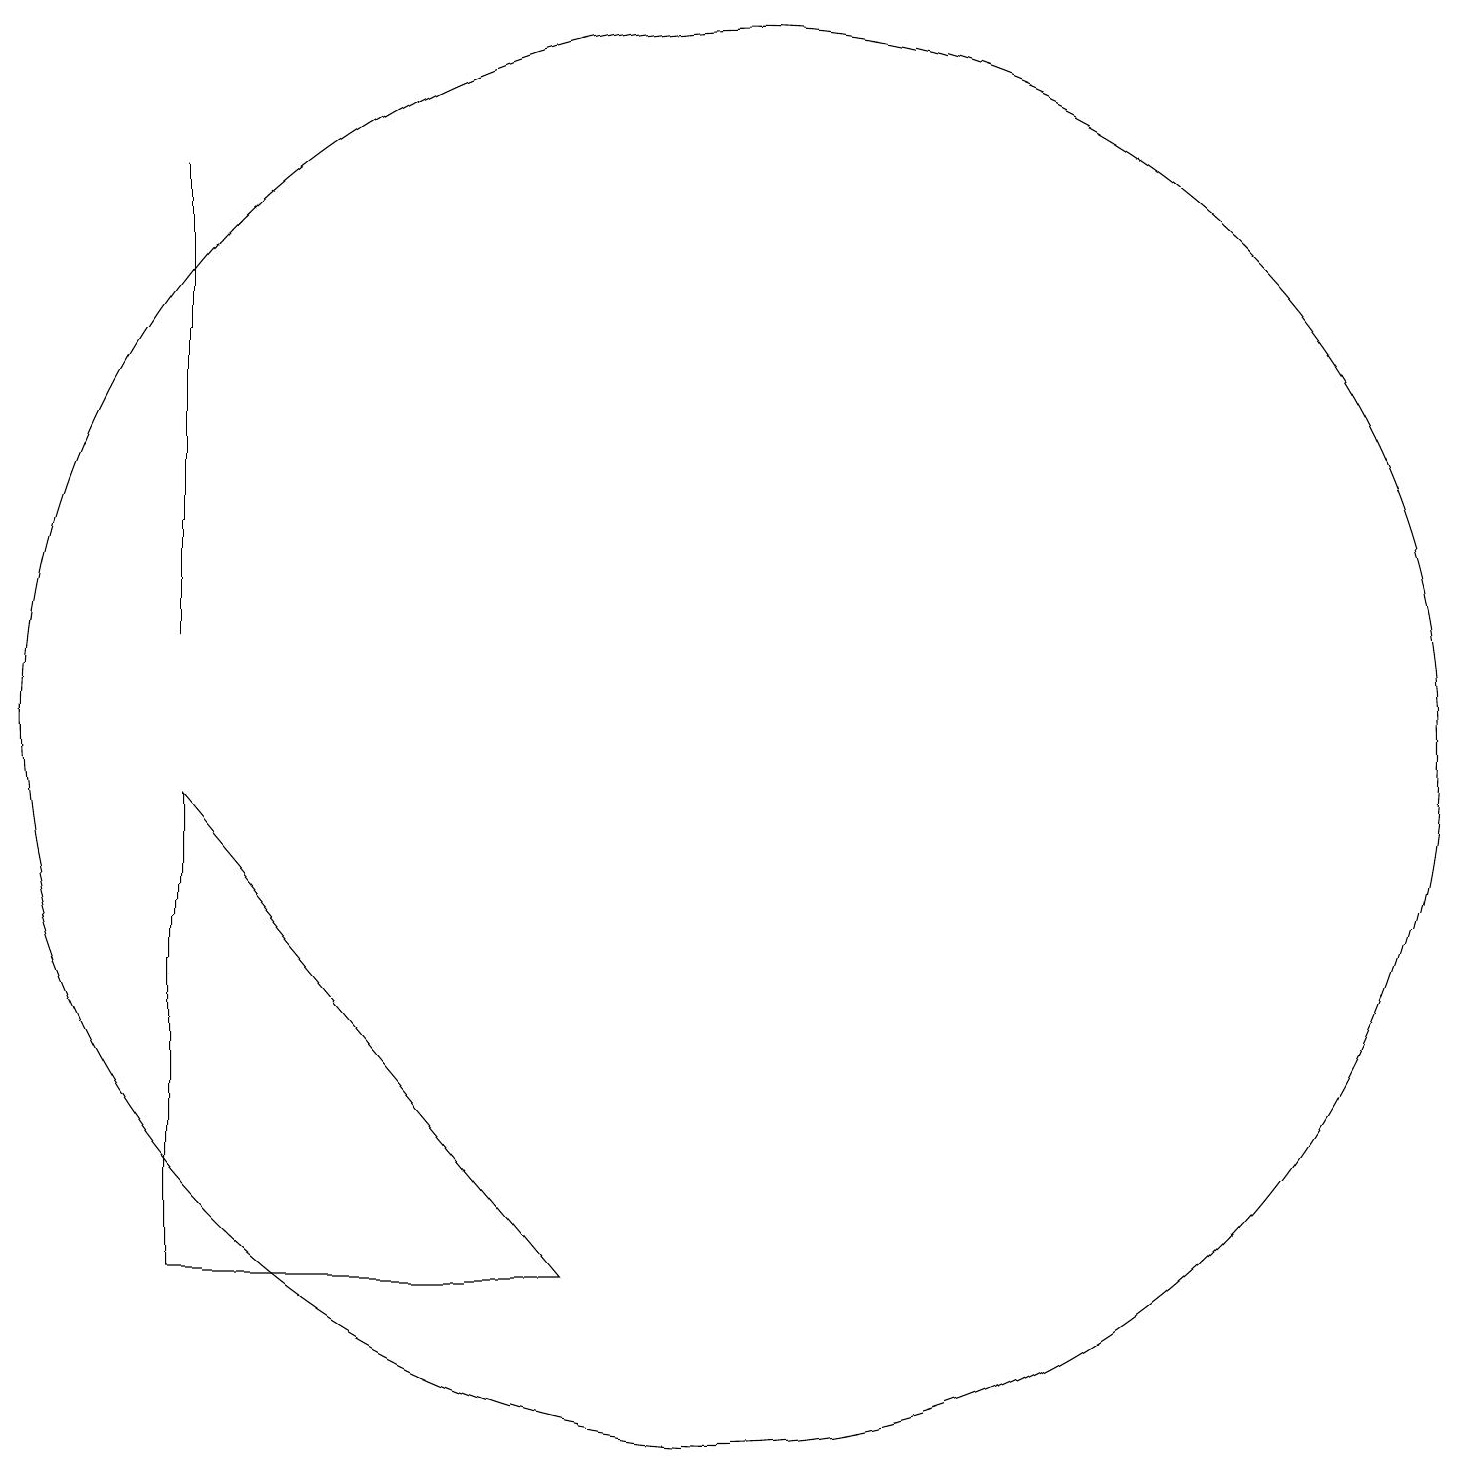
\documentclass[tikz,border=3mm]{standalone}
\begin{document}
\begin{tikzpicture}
\draw (3,17) rectangle (3,11);
\draw (10,10) circle (9);
\draw (3,3) -- (3,9) -- (8,3) -- cycle;
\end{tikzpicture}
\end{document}